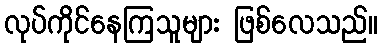
လုပ်ကိုင်နေကြသူများ ဖြစ်လေသည်။